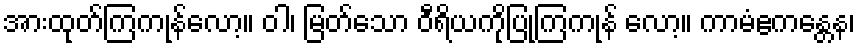
အားထုတ်ကြကုန်လော့။ ဝါ၊ မြတ်သော ဝီရိယကိုပြုကြကုန် လော့။ ကာမံဧကန္တေန၊